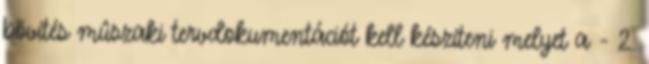
bõvítés mûszaki tervdokumentációt kell készíteni melyet a - 2.